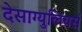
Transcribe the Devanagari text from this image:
देसाग्युलियर्स